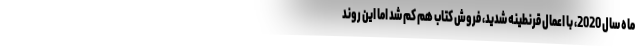
ماه سال 2020، با اعمال قرنطینه شدید، فروش کتاب هم کم شد اما این روند